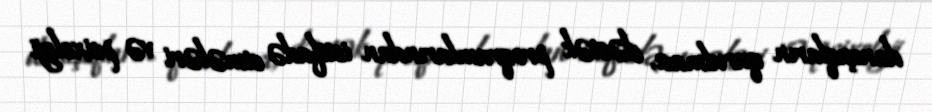
danışıqların qurulması, dəstək proqramlarından istifadə etmələri və psixoloji